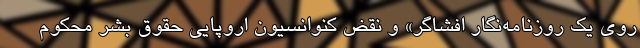
روی یک روزنامه‌نگار افشاگر» و نقض کنوانسیون اروپایی حقوق بشر محکوم